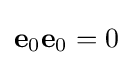
\mathbf {e} _{0}\mathbf {e} _{0}=0